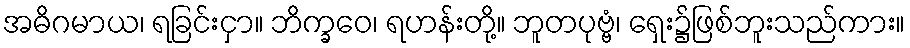
အဓိဂမာယ၊ ရခြင်းငှာ။ ဘိက္ခဝေ၊ ရဟန်းတို့။ ဘူတပုဗ္ဗံ၊ ရှေး၌ဖြစ်ဘူးသည်ကား။